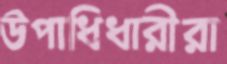
উপাধিধারীরা